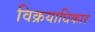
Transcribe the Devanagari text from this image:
विक्रयाधिकार